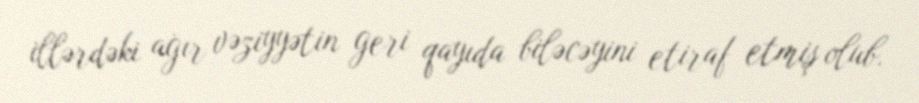
illərdəki ağır vəziyyətin geri qayıda biləcəyini etiraf etmiş olub.